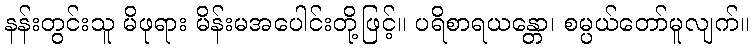
နန်းတွင်းသူ မိဖုရား မိန်းမအပေါင်းတို့ဖြင့်။ ပရိစာရယန္တော၊ စမ္ပယ်တော်မူလျက်။